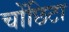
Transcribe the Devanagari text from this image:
चोंछिटा